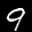
Label: 9